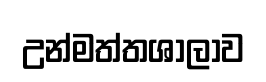
උන්මත්තශාලාව